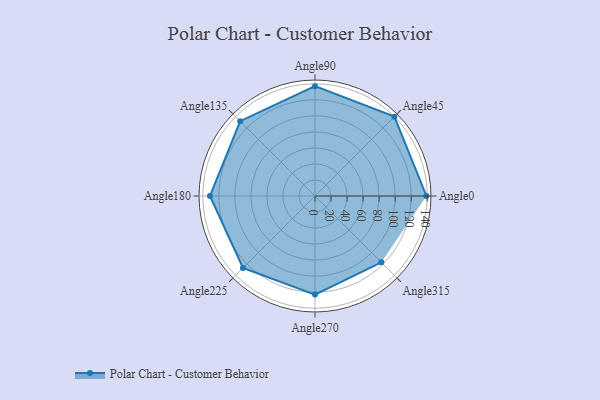
{"axis": {"x": "Angle", "y": "Radius"}, "legend": [""], "data": [{"x": "Angle0", "y": 139.0, "type": ""}, {"x": "Angle45", "y": 140.0, "type": ""}, {"x": "Angle90", "y": 137.0, "type": ""}, {"x": "Angle135", "y": 132.0, "type": ""}, {"x": "Angle180", "y": 131.0, "type": ""}, {"x": "Angle225", "y": 127.0, "type": ""}, {"x": "Angle270", "y": 123.0, "type": ""}, {"x": "Angle315", "y": 117.0, "type": ""}]}